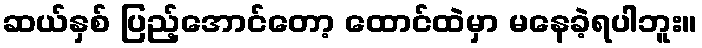
ဆယ်နှစ် ပြည့်အောင်တော့ ထောင်ထဲမှာ မနေခဲ့ရပါဘူး။